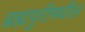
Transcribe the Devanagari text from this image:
ब्रह्मपुरीमधील